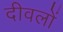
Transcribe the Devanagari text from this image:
दीवलों